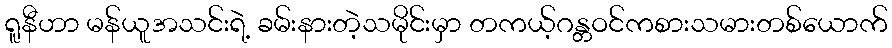
ရူနီဟာ မန်ယူအသင်းရဲ့ ခမ်းနားတဲ့သမိုင်းမှာ တကယ့်ဂန္တဝင်ကစားသမားတစ်ယောက်